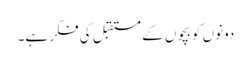
دونوں کو بچوں کے مستقبل کی فکر ہے۔